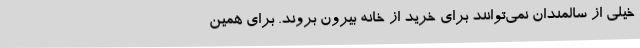
خیلی از سالمندان نمی‌توانند برای خرید از خانه بیرون بروند. برای همین